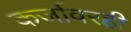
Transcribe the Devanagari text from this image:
कर्जावरही